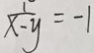
\frac { 1 } { x - y } = - 1